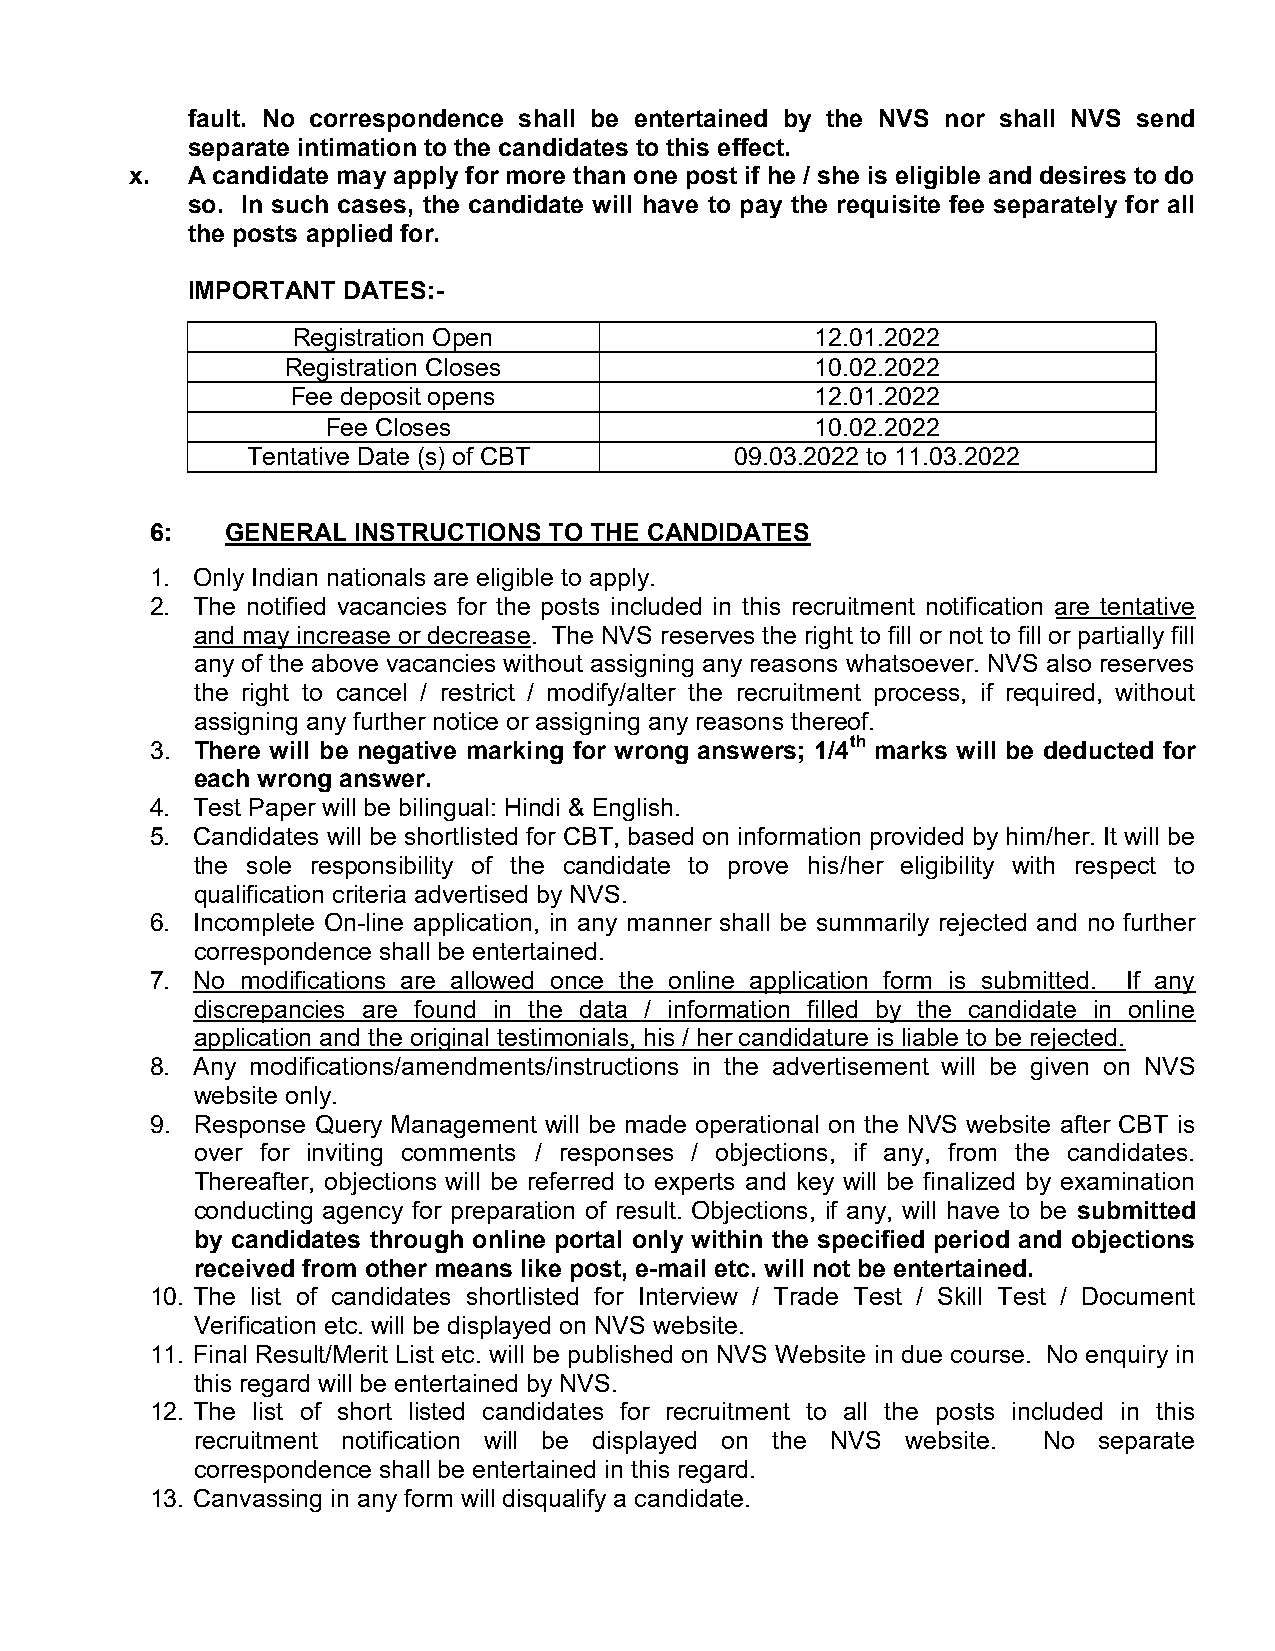
fault. No correspondence shall be entertained by the NVS nor shall NVS send
 separate intimation to the candidates to this effect.
 x. A candidate may apply for more than one post if he / she is eligible and desires to do
 so. In such cases, the candidate will have to pay the requisite fee separately for all
 the posts applied for.
 IMPORTANT  DATES:-
 Registration Open         12.01.2022
 Registration Closes       10.02.2022
 Fee deposit opens        12.01.2022
 Fee Closes                 10.02.2022
 Tentative Date (s) of CBT 09.03.2022 to 11.03.2022
 6:   GENERAL INSTRUCTIONS TO THE CANDIDATES
 1. Only Indian nationals are eligible to apply.
 2. The notified vacancies for the posts included in this recruitment notification are tentative
 and may increase or decrease . The NVS reserves the right to fill or not to fill or partially fill
 any of the above vacancies without assigning any reasons whatsoever. NVS also reserves
 the right to cancel / restrict / modify/alter the recruitment process, if required, without
 assigning any further notice or assigning any reasons thereof.
 3. There will be negative marking for wrong answers; 1/4 th marks will be deducted for
 each wrong answer.
 4. Test Paper will be bilingual: Hindi & English.
 5. Candidates will be shortlisted for CBT, based on information provided by him/her. It will be
 the sole responsibility of the candidate to prove his/her eligibility with respect to
 qualification criteria advertised by NVS.
 6. Incomplete On-line application, in any manner shall be summarily rejected and no further
 correspondence shall be entertained.
 7. No modifications are allowed once the online application form is submitted. If any
 discrepancies are found in the data / information filled by the candidate in online
 application and the original testimonials, his / her candidature is liable to be rejected.
 8. Any modifications/amendments/instructions in the advertisement will be given on NVS
 website only.
 9. Response Query Management will be made operational on the NVS website after CBT is
 over for inviting comments / responses / objections, if any, from the candidates.
 Thereafter, objections will be referred to experts and key will be finalized by examination
 conducting agency for preparation of result. Objections, if any, will have to be submitted
 by candidates through online portal only within the specified period and objections
 received from other means like post, e-mail etc. will not be entertained.
 10. The list of candidates shortlisted for Interview / Trade Test / Skill Test / Document
 Verification etc. will be displayed on NVS website.
 11. Final Result/Merit List etc. will be published on NVS Website in due course. No enquiry in
 this regard will be entertained by NVS.
 12. The list of short listed candidates for recruitment to all the posts included in this
 recruitment notification will be displayed on the NVS website. No separate
 correspondence shall be entertained in this regard.
 13. Canvassing in any form will disqualify a candidate.